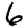
Digit: 6